Report of the Municipal Commissioner on the plague in Bombay for the year ending 31st May... - Volume 2
Disease focus: Plague
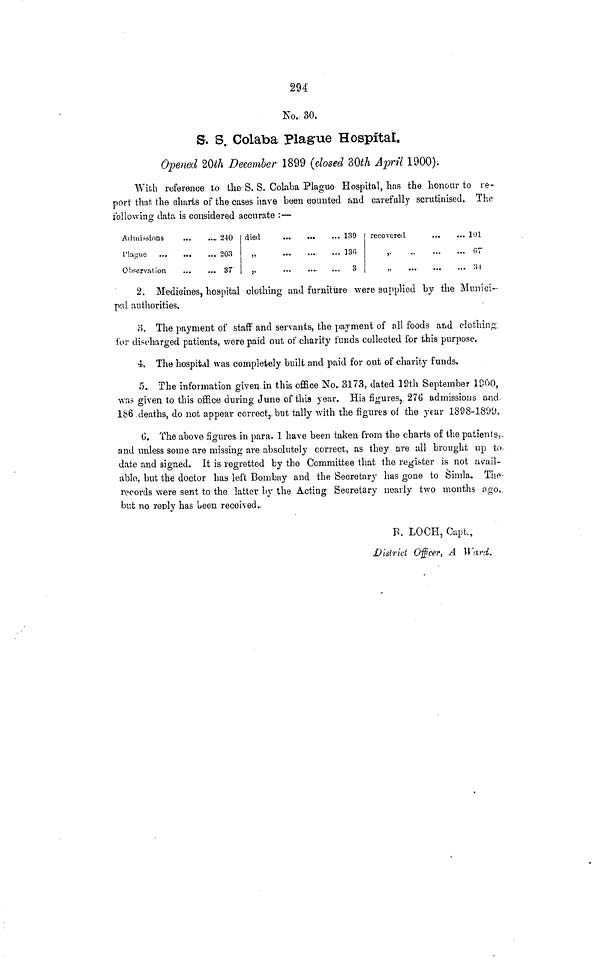
294
No,, 30.
S. S. Colaba Plague Hospital.
Opened 20th December 1899 (dosed 30tfA April 1900);
With reference to the S. S. Colaba Plague Hospital, has the honour to re-
port that, the charts of the cases have been counted and carefully scrutinised. The
following data is considered accurate :—
Admissions
Plague
Observation.
240
203
87
died
„
,,
139
]3fi
3
recovered
,
..
101
(57
:i4
2. Medicines, hospital clothing and furniture were supplied by the Munici-
pal authorities.
3. The payment of staff and servants, the payment of all foods and clothing,
for discharged patients, were paid out of charity funds collected for this purpose.
4. The hospital was completely built and paid for out of charity funds.
5.. The information given in this office No.. 3173, dated 19th September 1900,
was given to this office during June of this year. His figures,, 276 admissions mid
186 deaths, do not appear correct,-but tally with the figures of the year 1898-1809.
G, The above figures in para. 1 have been taken from the charts of the patients,,
and unless some are missing are absolutely correct, as they are all brought up to-
date and signed. It is regretted by tho Committee that the register is not avail-
able, but the doctor has left Bombay and the Secretary has gone to Simla. The-
records were sent to the latter by the Acting Secretary nearly two months ago,,
but no reply has oeen received..
B. LOCH, Capt,,
District Officer, A W'ard.